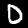
Label: 0